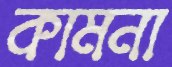
কামনা